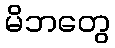
မိဘတွေ